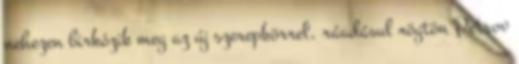
nehezen birkózik meg az új szerepkörrel, ráadásul rögtön Petrov